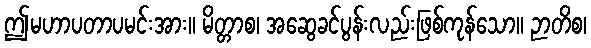
ဤမဟာပတာပမင်းအား။ မိတ္တာစ၊ အဆွေခင်ပွန်းလည်းဖြစ်ကုန်သော။ ဉာတိစ၊